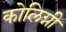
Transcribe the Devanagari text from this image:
कोलिग्नी